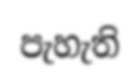
පැහැති